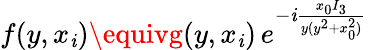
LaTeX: f(y,x_{\mathit{i}})\equivg(y,x_{\mathit{i}})\, e^{-\mathit{i}\frac{{x_{0}I_{3}}}{{y(y^{2}+x_{0}^{2})}}}